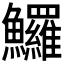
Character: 𩽰